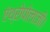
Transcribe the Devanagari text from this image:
एंथ्रोपोलाजी।